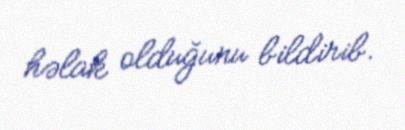
həlak olduğunu bildirib.